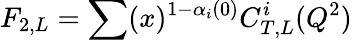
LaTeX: F_{2,L}=\sum(x)^{1-\alpha_{i}(0)}C_{T,L}^{i}(Q^{2})